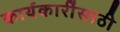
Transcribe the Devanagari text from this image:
कार्यकारींसाठी